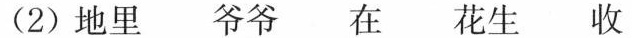
(2) 地里 爷爷 在 花生 收